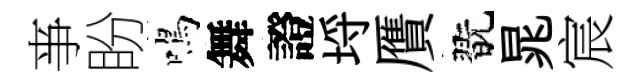
亊盼鳴舞證埓贋翫晁宸